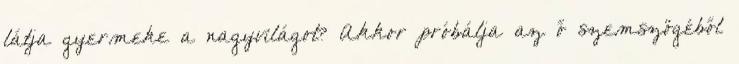
látja gyermeke a nagyvilágot? Akkor próbálja az ő szemszögéből